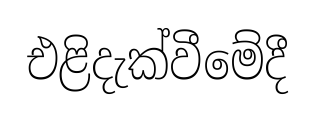
එළිදැක්වීමේදී